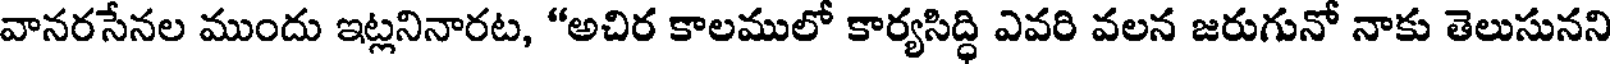
వానరసేనల ముందు ఇట్లనినారట, "అచిర కాలములో కార్యసిద్ధి ఎవరి వలన జరుగునో నాకు తెలుసునని